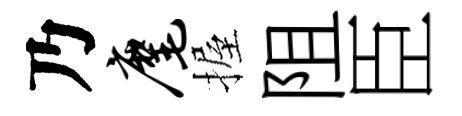
乃麾握阻臣